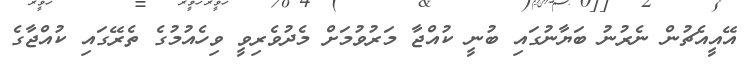
އޭއީއެޗުން ނެރުނު ބަޔާނުގައި ބުނީ ކުއްޖާ މަރުވުމަށް މެދުވެރިވީ ވިހެއުމުގެ ތެރޭގައި ކުއްޖާގެ